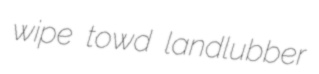
wipe towd landlubber